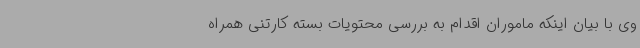
وی با بیان اینکه ماموران اقدام به بررسی محتویات بسته کارتنی همراه